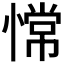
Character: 𫺺